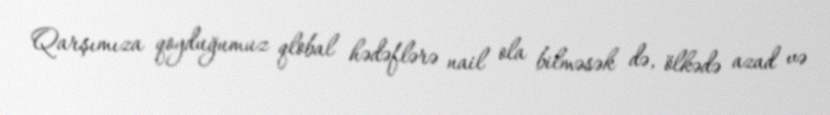
Qarşımıza qoyduğumuz qlobal hədəflərə nail ola bilməsək də, ölkədə azad və